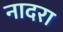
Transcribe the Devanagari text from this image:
नादरा